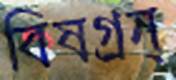
বিষগ্রন্